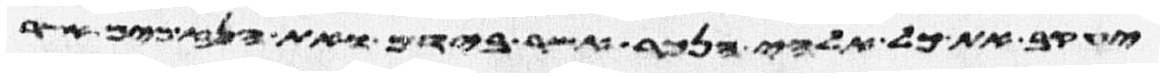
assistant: יעקב את כל אלהי הנכר אשר בידם ואת הנזמים אשר